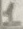
Text: 1